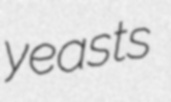
yeasts